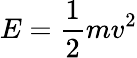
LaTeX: E={\frac{1}{2}}mv^{2}